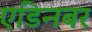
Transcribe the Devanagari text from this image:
एडिनबर